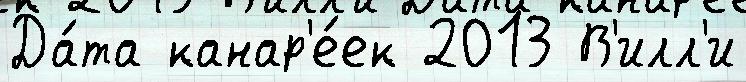
Да́та канар'е́ек 2013 В'илл'и